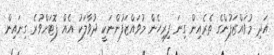
އަދި މުވައްޒަފުންގެ ތެރެއިން ގިނަ ފިރިހެން މުވައްޒަފުންނަކީ ދުވާލަކު އެއް ފޮޓަށްވުރެ ގިނައިން